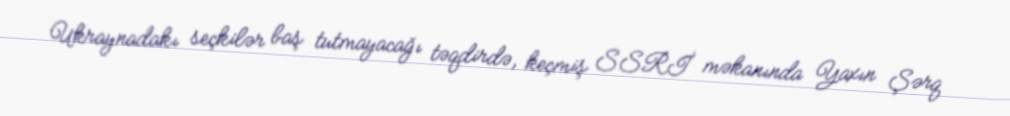
Ukraynadakı seçkilər baş tutmayacağı təqdirdə, keçmiş SSRİ məkanında Yaxın Şərq